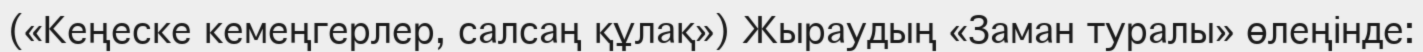
(«Кеңеске кемеңгерлер, салсаң құлақ») Жыраудың «Заман туралы» өлеңінде: